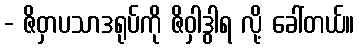
- ဇိဝှာပသာဒရုပ်ကို ဇိဝှါဒွါရ လို့ ခေါ်တယ်။